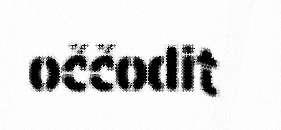
oččodit